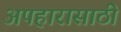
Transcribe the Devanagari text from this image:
अपहारासाठी